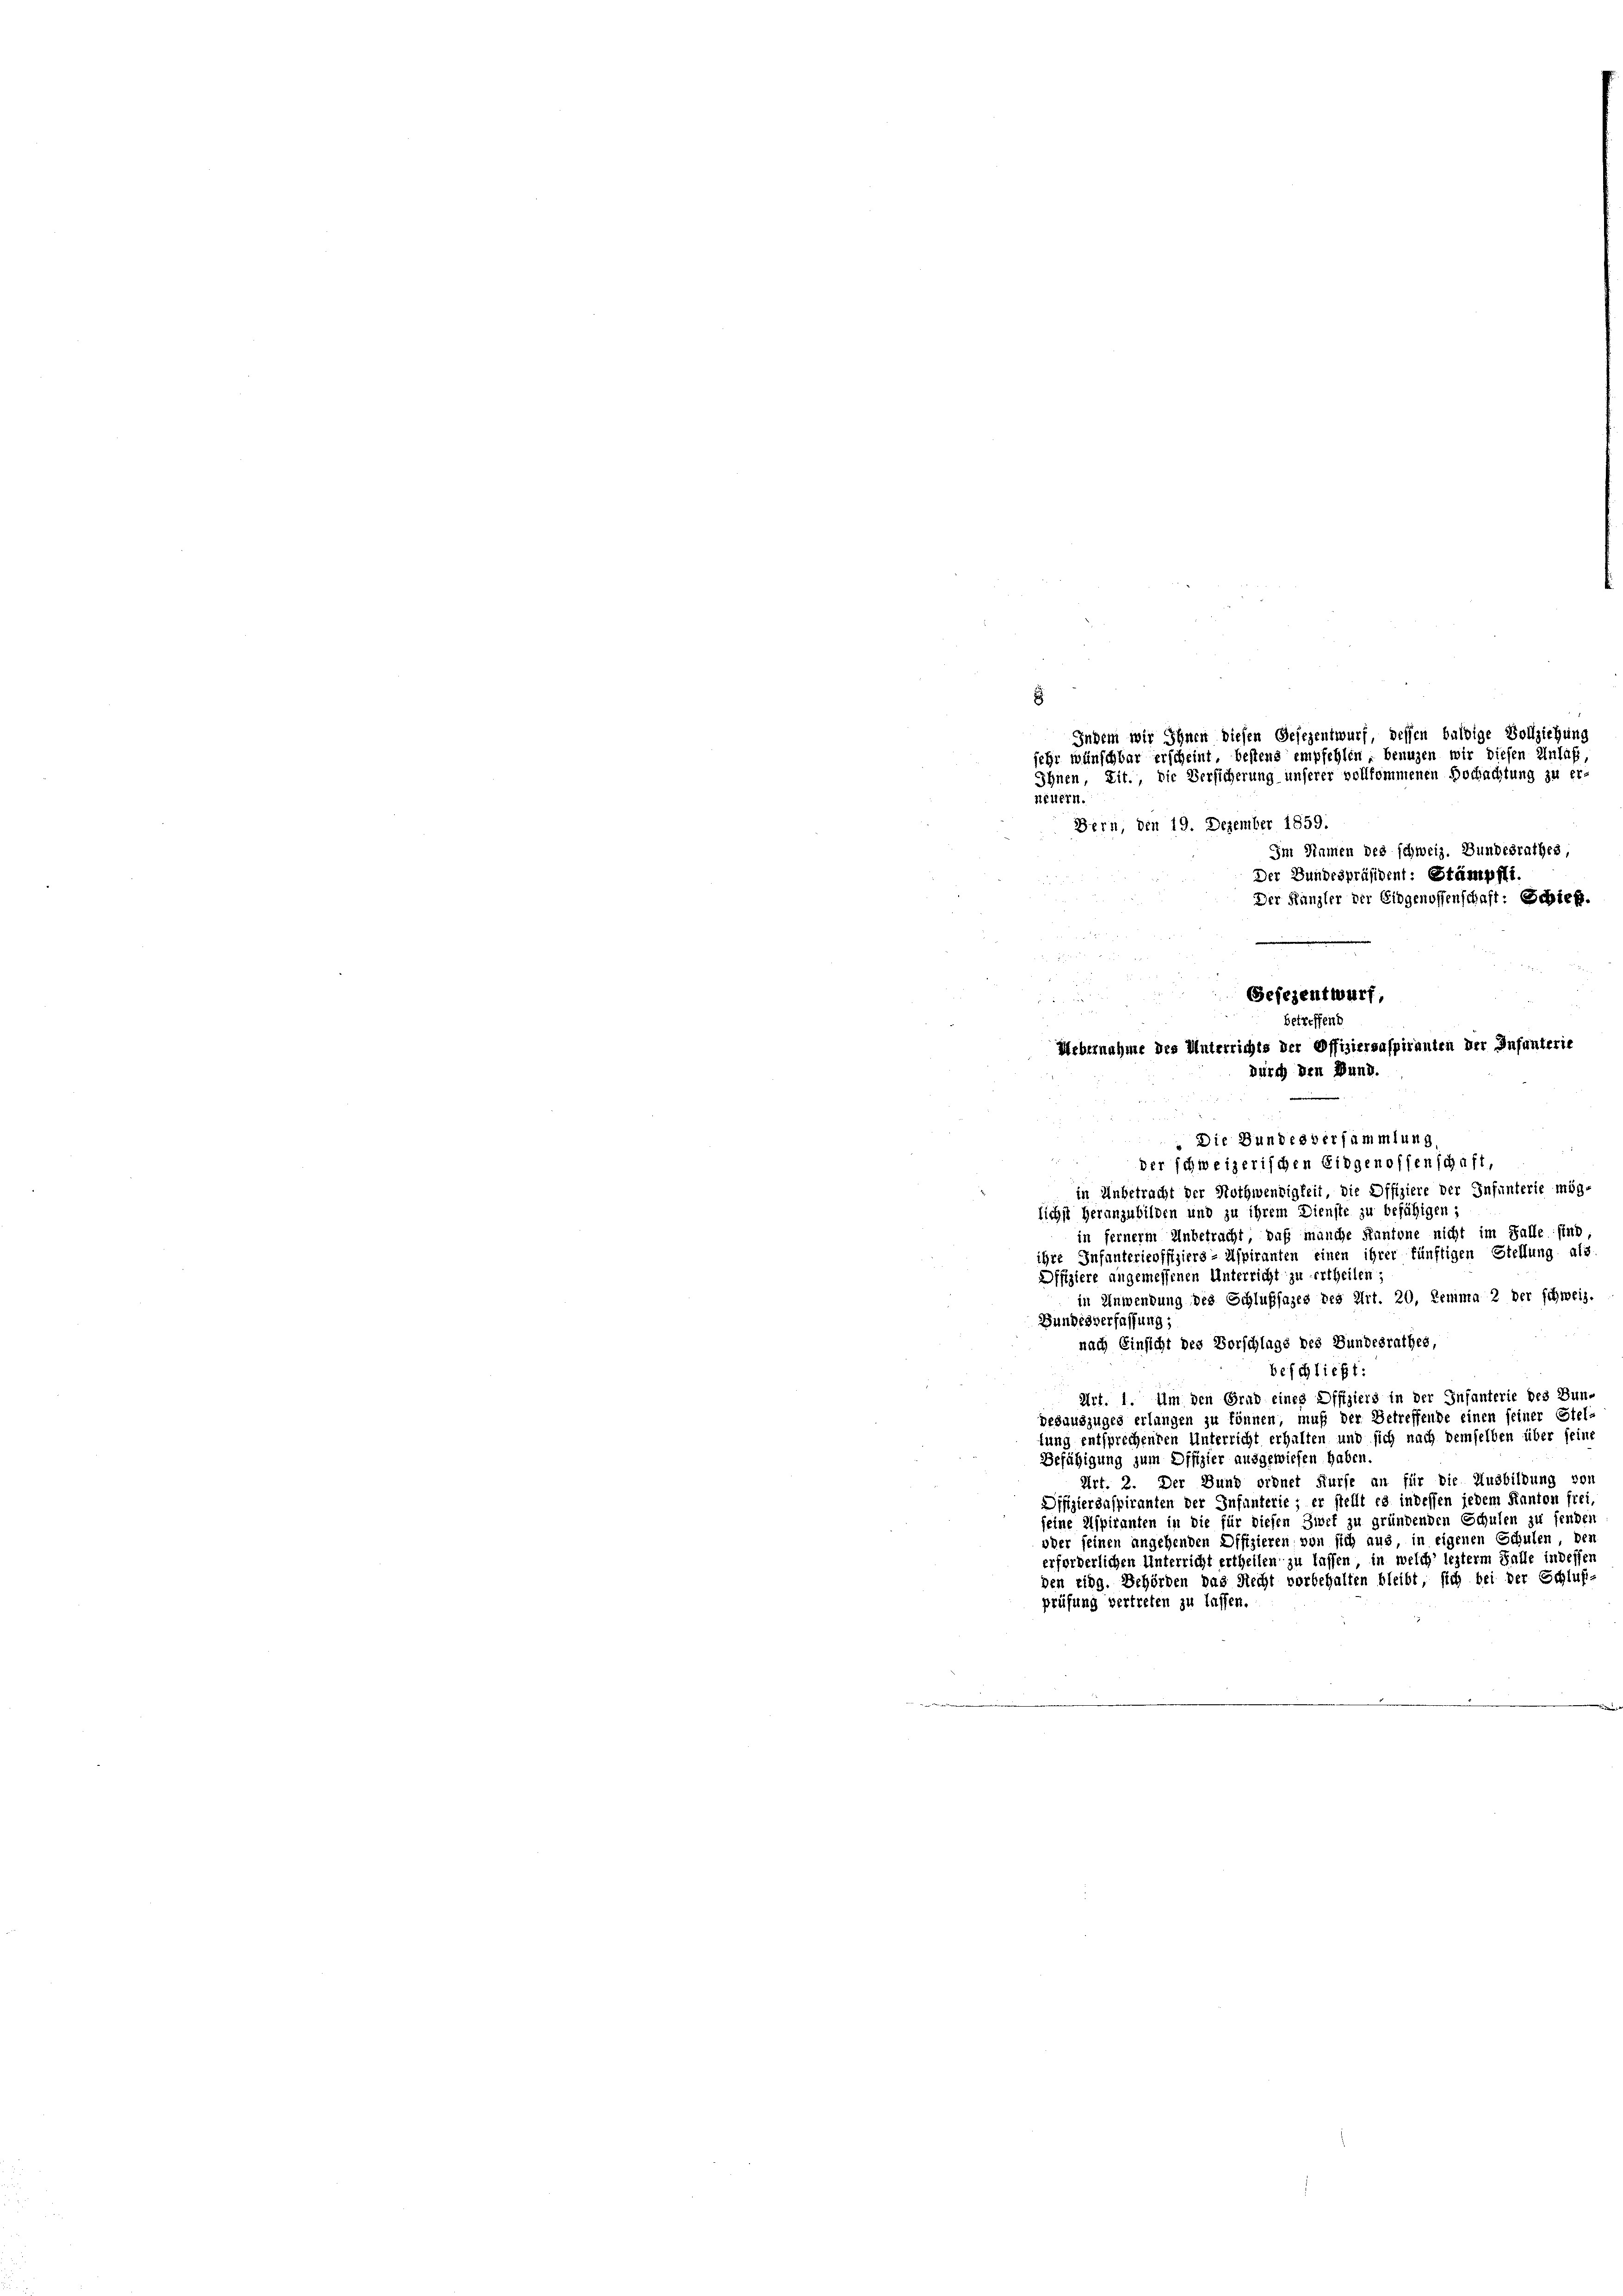
E
Indem wir Ihnen diesen Gesezentwurf, dessen baldige Vollziehung
sehr wünschbar erscheint, bestens empfehlen, beaugen wir diesen Anlaß
Ihnen, Lit., die Versicherung unserer vollkommenen Dochachtung zu er-
neuern.

Bern, den 19. Dezember 1859.
Im Sinnen des schweiz. Bundesrathes,
Der Bundespräsident: Stämpfli.
Der Kanzler der Eidgenossenschaft: Schieß.

Gefezentwurf,

.
betref
Uebernahme des Unterrichts der Offiziersaspiranten der Infanterie
durch den Bund.

.Die Bundesversammlung,
der schweizerischen Eidgenossenschaft,
in Unbetracht der Nothwendigkeit, die Offiziere der Infunterie mög-
lichst heranzubilden und zu ihrem Dienste zu befähigen;
in fernerem Unbetracht, daß manche Kantone nicht im Falle sind
ihre Infantericoffiziers - Aspiranten einen ihrer künftigen Stellung als
Offiziere angemessenen Unterricht zu ertheilen;
in Anwendung des Schlußfazes des Art. 20, Renima 2 der schweiz.
Bundesverfassung;
nach Einsicht des Vorschlags des Bundesrathes,
beschließt:
Art. 1. Um den Grad eines Offiziers in der Infanterie des Bun-
desauszuges erlangen zu können, muß der Betreffende einen seiner Stel-
fung entsprechenden Unterricht erhalten und sich nach demselben über seine
Befähigung zum Offizier ausgewiesen haben
Art. 2. Der Bund ordnet Surse an für die Ausbildung von
Difiziersaspiranten der Infunterie; er stellt es indessen jedem Kanton frei,
seine Aspiranten in die für diesen Zwet zu gründenden Schulen zu senden
oder seinen angehenden Offizieren von sich aus in eigenen Schulen, den
erforderlichen Unterricht ertheilen zu lassen, in welch’ lezterm Falle indesser
den Eidg. Behörden das Recht vorbehalten bleibt, sich bei der Schluß-
prüfung vertreten zu lassen.